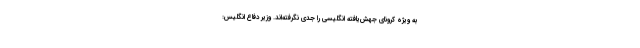
به ویژه کرونای جهش‌یافته انگلیسی را جدی نگرفته‌اند. وزیر دفاع انگلیس: